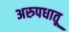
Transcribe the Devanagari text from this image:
अरुपधातू